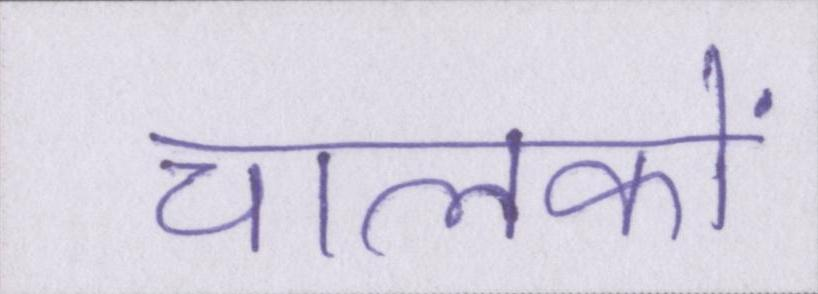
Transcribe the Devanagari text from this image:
चालकों